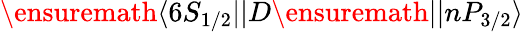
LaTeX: \ensuremath{\langle 6S_{1/2}||}D\ensuremath{||nP_{3/2}\rangle}